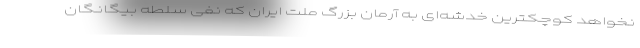
نخواهد کوچکترین خدشه‌ای به آرمان بزرگ ملت ایران که نفی سلطه بیگانگان